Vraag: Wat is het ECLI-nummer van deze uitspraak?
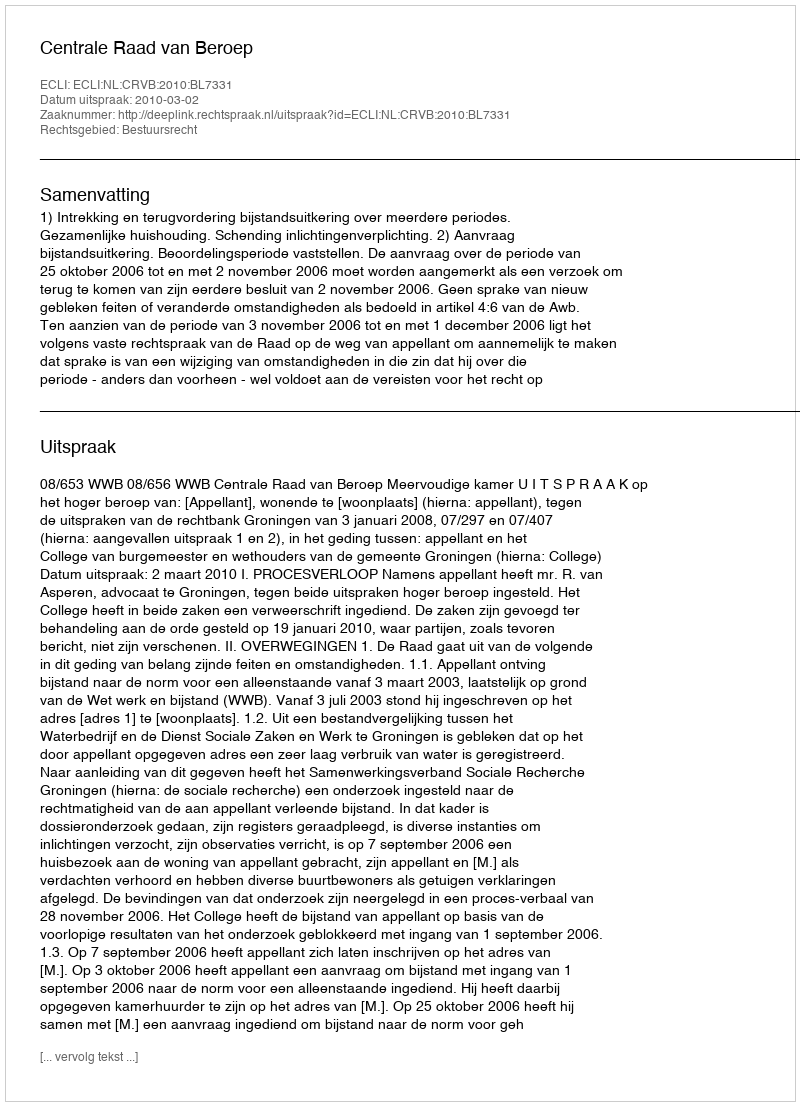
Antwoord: ECLI:NL:CRVB:2010:BL7331